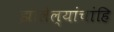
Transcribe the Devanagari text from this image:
झालेल्यांचांहि